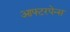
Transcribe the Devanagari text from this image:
आफ्टरपेन्स